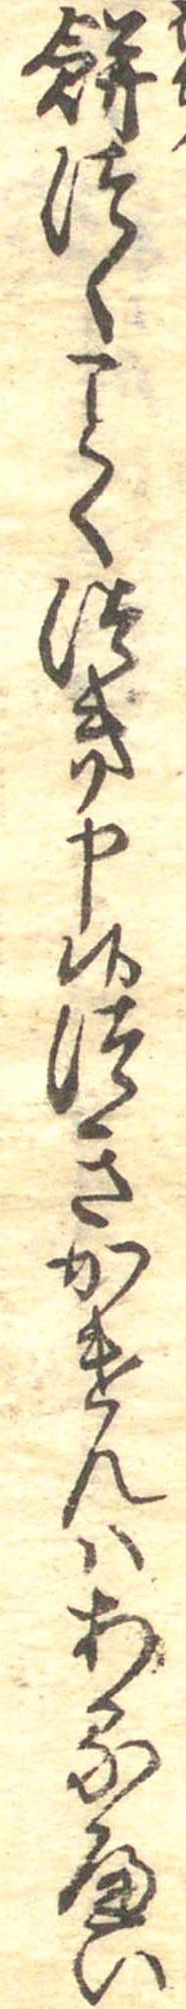
餅つくくつき申候つきかけんはあるへい